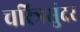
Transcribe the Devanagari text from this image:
चरित्रसुंदर